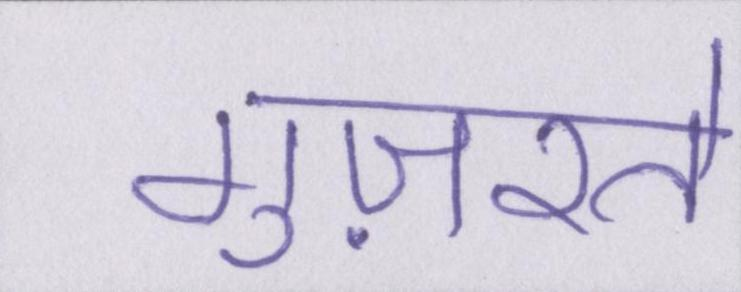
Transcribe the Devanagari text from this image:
गुज़रते